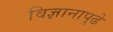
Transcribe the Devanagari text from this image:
विज्ञानापुढे